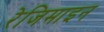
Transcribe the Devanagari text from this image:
रेजिमाइन